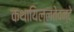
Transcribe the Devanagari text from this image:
कथायिल्‍लतेवन्‍टे